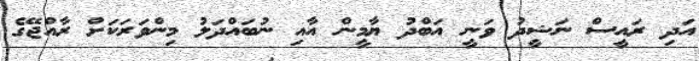
އަދި ރައީސް ނަޝީދު ވަނީ އަބްދު ޔާމީން އާއި ނުބައްދަލު މިންވަރަކަށް ރާއްޖޭގެ